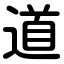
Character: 道